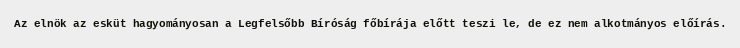
Az elnök az esküt hagyományosan a Legfelsőbb Bíróság főbírája előtt teszi le, de ez nem alkotmányos előírás.